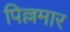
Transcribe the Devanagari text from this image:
पिल्लमार